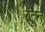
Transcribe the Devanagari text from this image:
रेटून